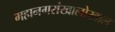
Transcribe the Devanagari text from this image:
महानगरांखालोखाल